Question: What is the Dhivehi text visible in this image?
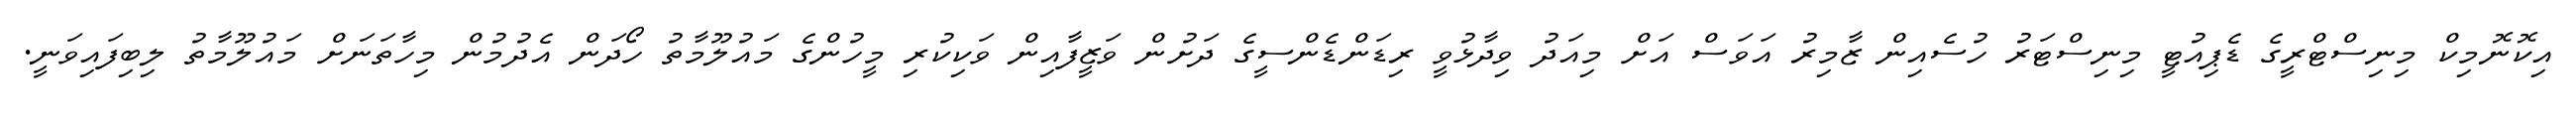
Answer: އިކޮނޮމިކް މިނިސްޓްރީގެ ޑެޕިއުޓީ މިނިސްޓަރު ހުސެއިން ޒާމިރު އަވަސް އަށް މިއަދު ވިދާޅުވީ ރިޑަންޑެންސީގެ ދަށުން ވަޒީފާއިން ވަކިކުރި މީހުންގެ މައުލޫމާތު ހޯދަން އެދުމުން މިހާތަނަށް މައުލޫމާތު ލިބިފައިވަނީ.